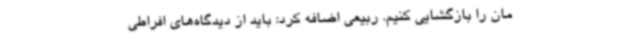
مان را بازگشایی کنیم. ربیعی اضافه کرد: باید از دیدگاه‌های افراطی